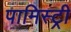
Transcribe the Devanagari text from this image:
पामिस्ट्री